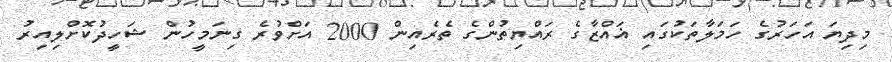
މިދިޔަ އަހަރުގެ ހަމަލާތަކުގައި ޣައްޒާގެ ރައްޔިތުންގެ ތެރެއިން 2000 އަށްވުރެ ގިނަމީހުން ޝަހީދުކޮށްލިއިރު